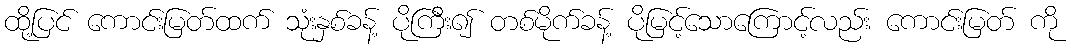
ထို့ပြင် ကောင်းမြတ်ထက် သုံးနှစ်ခန့် ပိုကြီး၍ တစ်မိုက်ခန့် ပိုမြင့်သောကြောင့်လည်း ကောင်းမြတ် ကို